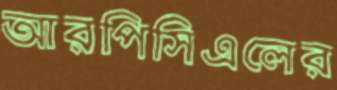
আরপিসিএলের